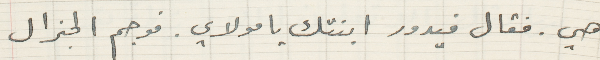
هي. فقال فيدور ابنتك يا مولاي. فوجم الجنرال